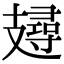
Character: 攳